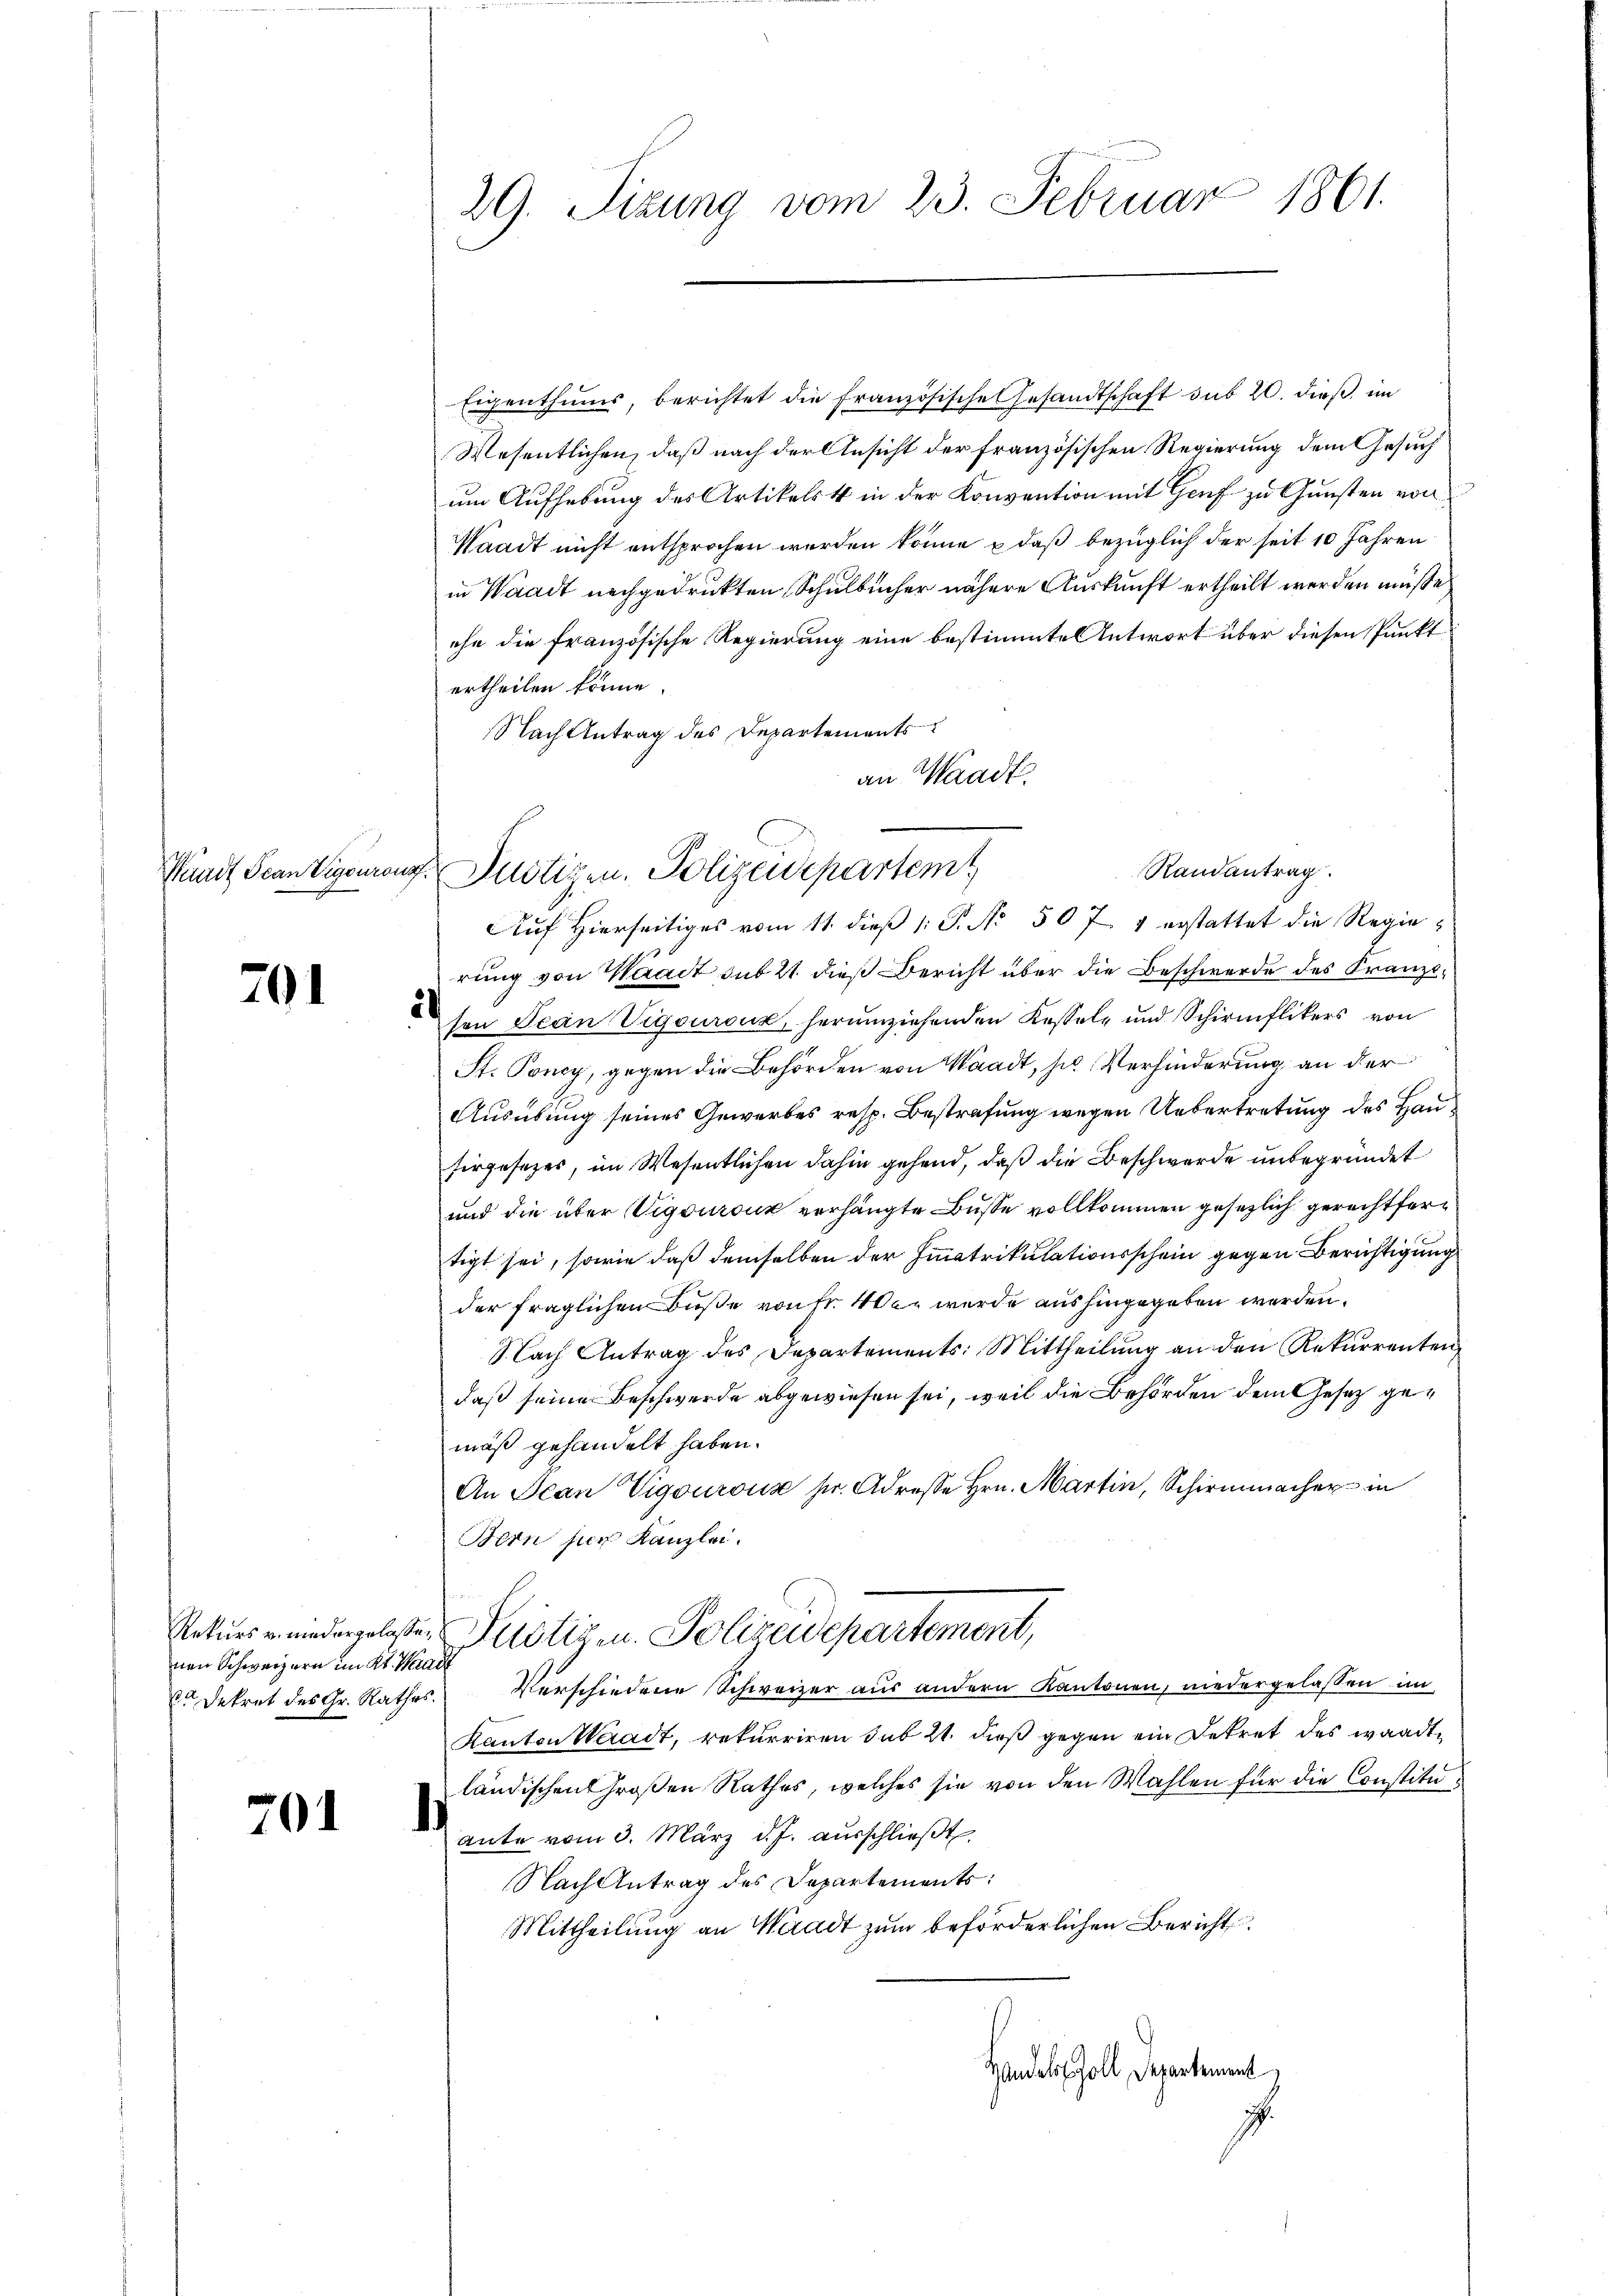
201

70

nen Schwerzern im Kt. Waadt

29. Sizung vom 23. Februar 1861.

Eigenthums, berichtet die französische Gesandtschaft sub 20. dieß, im
Wesentlichen, daß nach der Ansicht der französischen Regierung dem Gesuch
um Aufhebung des Artikels in der Konvention mit Genf zu Gunsten von
Waadt nicht entsprochen werden könne & daß bezüglich der seit 10 Jahren
in Waadt nachgedrukten Schulbücher nähere Auskunft ertheilt werden müße
ehe die französische Regierung eine bestimmtes Antwort über diesen Punkt
ertheilen könne.
Nach Antrag des Departements
an Waadt
Auf hierseitiges vom 11. dieβ 1: P. Nr. 507 1 erstattet die Regierung von Waadt sub 21. dieß Bericht über die Beschwerde des Franzion Jean Vigourouz, herumziehenden Kessel und Schirmflikers von
St. Poncy, gegen die Behörden von Waadt, sie Verhinderung an der
Ausübung seines Gewerbes resp. Bestrafung wegen Uebertretung des Haufirgesezes, im Wesentlichen dahin gehend, daß die Beschwerde unbegründet
und die über Vigouranz verhängte Busse vollkommen gesezlich gerechtfertigt sei, sowie daß demselben der Immatrikulationsschein gegen Berichtigung
der fraglichen Buße von Fr. Wer wurde aushingegeben werden.
Nach Antrag des Departements: Mittheilung an den Rekurrenten,
daß seine Beschwerde abgewiesen sei, weil die Behörden dem Gesetz gemäß gehandelt haben.
An Jean Vigouroux sr. Adresse Hrn. Martin, Schirmmacher in
Bern hier Kanzlei.
Paturs rende gelasten Potiz u. Polizeidepartement,
 Dekret des Gr. Rathes Verschiedene Schweizer aus andern Kantonen, niedergelassen im
Kanton Weradt, rekurriren sub 21. dieß gegen ein Dekret des wandtländischen Großen Rathes, welches sie von den Wahlen für die Constituante vom 3. März d.J. ausschließt.
Nach Antrag des Departements:
Mittheilung an Wiradt zum beförderlichen Bericht
Handels Zoll, Departement

Randantrag.
Pundt Scanzigenrenz Pertigen. Polizeidepartem